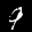
Label: 9